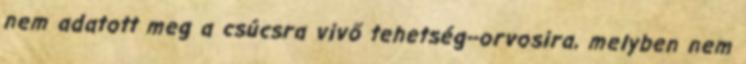
nem adatott meg a csúcsra vivő tehetség--orvosira, melyben nem